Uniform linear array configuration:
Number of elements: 16
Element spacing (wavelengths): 0.5
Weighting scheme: hamming
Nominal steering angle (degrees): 60
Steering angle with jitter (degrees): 58.183
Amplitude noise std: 0.05
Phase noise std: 0.05

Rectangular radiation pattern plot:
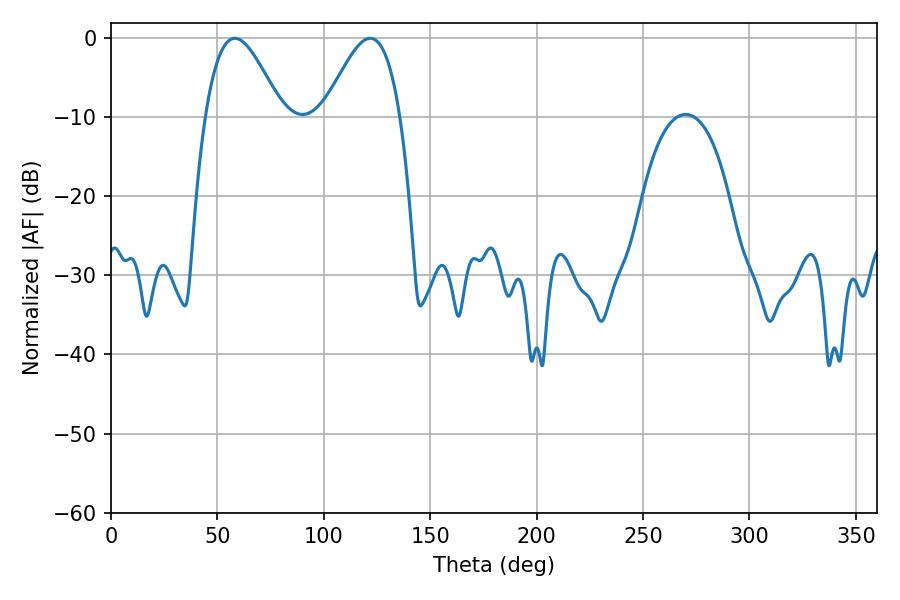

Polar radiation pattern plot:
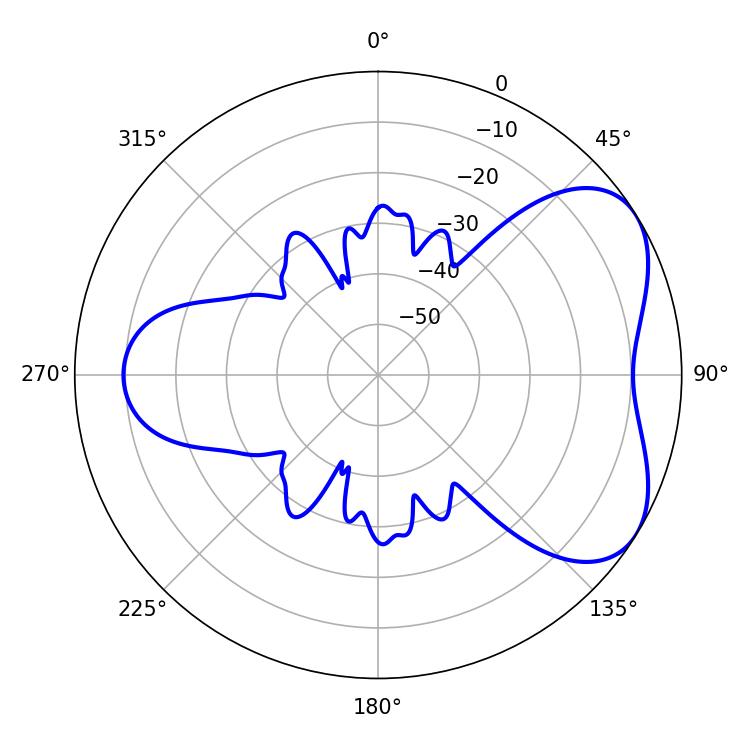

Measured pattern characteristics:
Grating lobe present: FALSE
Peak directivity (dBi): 5.102
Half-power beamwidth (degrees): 19.26
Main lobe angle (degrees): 58.14